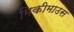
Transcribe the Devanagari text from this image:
मिकीमाउस